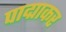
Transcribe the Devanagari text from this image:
पाद्माकर